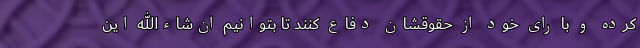
کرده و با رای خود از حقوقشان دفاع کنند تا بتوانیم ان‌شاءالله این